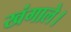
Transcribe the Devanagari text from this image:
खंगाले।